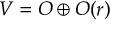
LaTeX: V = { \cal { O } } \oplus { \cal { O } } ( r )